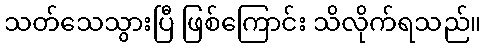
သတ်သေသွားပြီ ဖြစ်ကြောင်း သိလိုက်ရသည်။